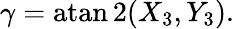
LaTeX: \gamma=\operatorname{atan2}(X_{3},Y_{3}).